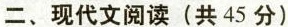
二、现代文阅读(共45分)